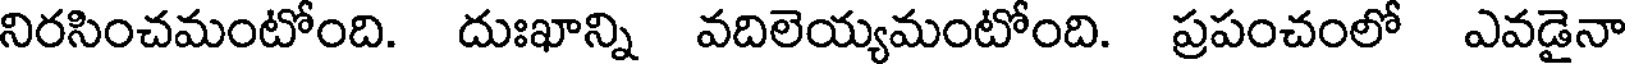
నిరసించమంటోంది. దుఃఖాన్ని వదిలెయ్యమంటోంది. ప్రపంచంలో ఎవడైనా